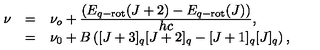
\begin{array} { r c l } { \nu } & { = } & { \nu _ { o } + \frac { \displaystyle \left( E _ { q - \mathrm { r o t } } ( J + 2 ) - E _ { q - \mathrm { r o t } } ( J ) \right) } { \displaystyle h c } , } \\ { } & { = } & { \nu _ { 0 } + B \left( [ J + 3 ] _ { q } [ J + 2 ] _ { q } - [ J + 1 ] _ { q } [ J ] _ { q } \right) , } \\ \end{array}